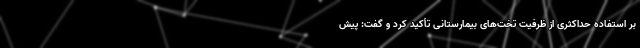
بر استفاده حداکثری از ظرفیت تخت‌های بیمارستانی تأکید کرد و گفت: پیش